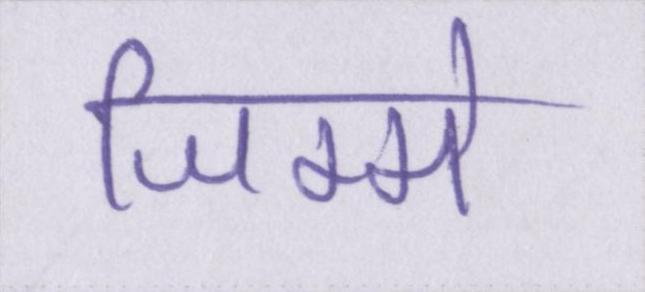
जिम्मे